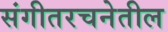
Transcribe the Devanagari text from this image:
संगीतरचनेतील